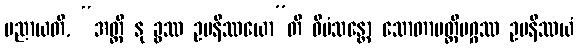
ပညာယတိ, “အတ္ထိ နု ခွဿ ဥပနိဿယော”တိ ဝီမံသန္တော သောတာပတ္တိမဂ္ဂဿ ဥပနိဿယံ